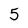
Character: 5